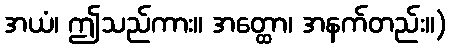
အယံ၊ ဤသည်ကား။ အတ္ထော၊ အနက်တည်း။)